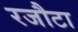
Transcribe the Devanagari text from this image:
रजौटा